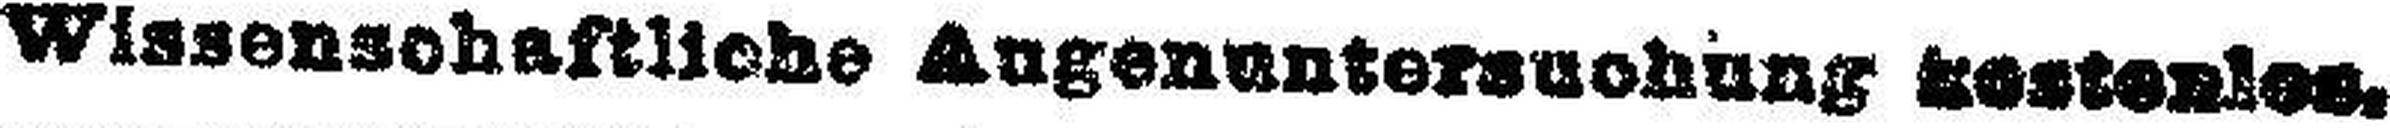
Wissenschaftliche Augenuntersuchung kostenles.